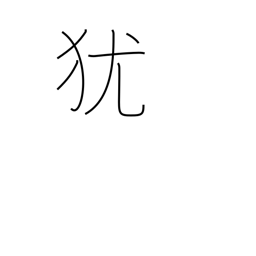
Meaning: condition